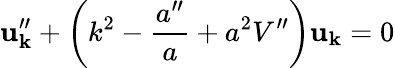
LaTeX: \mathbf{u}_{\mathbf{k}}^{\prime\prime}+\left(k^{2}-\frac{{a^{\prime\prime}}}{{a}}+a^{2}V^{\prime\prime}\right)\mathbf{u}_{\mathbf{k}}=0